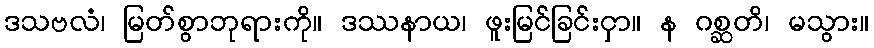
ဒသဗလံ၊ မြတ်စွာဘုရားကို။ ဒဿနာယ၊ ဖူးမြင်ခြင်းငှာ။ န ဂစ္ဆတိ၊ မသွား။